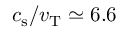
c _ { \mathrm { s } } / v _ { \mathrm { T } } \simeq 6 . 6